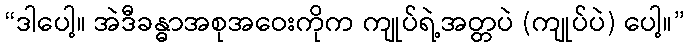
“ဒါပေါ့။ အဲဒီခန္ဓာအစုအဝေးကိုက ကျုပ်ရဲ့အတ္တပဲ (ကျုပ်ပဲ) ပေါ့။”